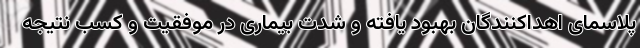
پلاسمای اهداکنندگان بهبود یافته و شدت بیماری در موفقیت و کسب نتیجه